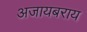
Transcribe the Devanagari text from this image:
अजायबराय